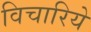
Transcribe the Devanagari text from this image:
विचारिये